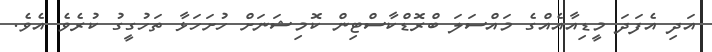
އަދި އެފަދަ މީޑިއާއެއްގެ މައްސަލަ ބްރޮޑްކާސްޓިން ކޮމިޝަނަށް ހުށަހަޅާ ތަހުގީގު ކުރެވެ އެވެ.